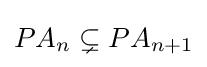
PA_{n}\subsetneq PA_{n+1}